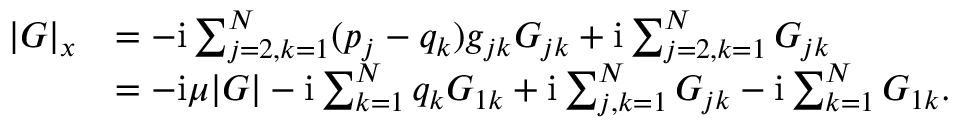
\begin{array} { r l } { | G | _ { x } } & { = - \mathrm { i } \sum _ { j = 2 , k = 1 } ^ { N } ( p _ { j } - q _ { k } ) g _ { j k } G _ { j k } + \mathrm { i } \sum _ { j = 2 , k = 1 } ^ { N } G _ { j k } } \\ & { = - \mathrm { i } \mu | G | - \mathrm { i } \sum _ { k = 1 } ^ { N } q _ { k } G _ { 1 k } + \mathrm { i } \sum _ { j , k = 1 } ^ { N } G _ { j k } - \mathrm { i } \sum _ { k = 1 } ^ { N } G _ { 1 k } . } \end{array}